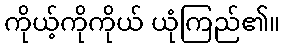
ကိုယ့်ကိုကိုယ် ယုံကြည်၏။